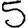
Digit: 5